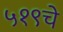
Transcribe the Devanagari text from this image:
५१९चे